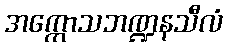
အက္ကောသဘဏ္ဍနသီလံ